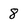
Character: 8